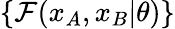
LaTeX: \{ \mathcal{F}(x_{A},x_{B}\vert\theta)\}